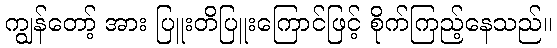
ကျွန်တော့် အား ပြူးတိပြူးကြောင်ဖြင့် စိုက်ကြည့်နေသည်။